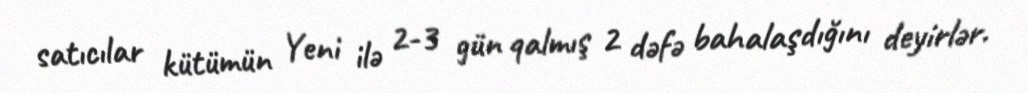
satıcılar kütümün Yeni ilə 2-3 gün qalmış 2 dəfə bahalaşdığını deyirlər.